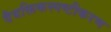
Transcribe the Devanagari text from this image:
वैयक्तिकस्पष्टीकरण